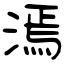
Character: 漹